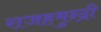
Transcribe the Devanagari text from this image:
राजहमुन्द्री